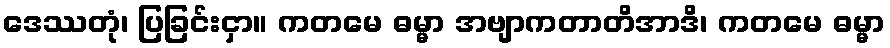
ဒေဿတုံ၊ ပြခြင်းငှာ။ ကတမေ ဓမ္မာ အဗျာကတာတိအာဒိ၊ ကတမေ ဓမ္မာ